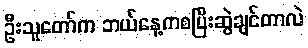
ဦးသူတော်က ဘယ်နေ့ကစပြီးဆွဲချင်တာလဲ